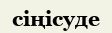
сіңісуде